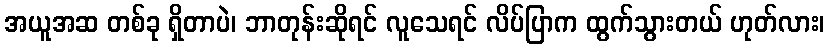
အယူအဆ တစ်ခု ရှိတာပဲ၊ ဘာတုန်းဆိုရင် လူသေရင် လိပ်ပြာက ထွက်သွားတယ် ဟုတ်လား၊